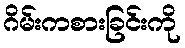
ဂိမ်းကစားခြင်းကို